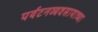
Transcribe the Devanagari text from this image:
पर्यटनव्यवसायाच्या